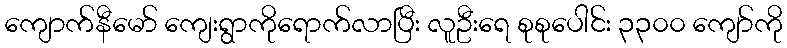
ကျောက်နီမော် ကျေးရွာကိုရောက်လာပြီး လူဦးရေ စုစုပေါင်း ၃၃၀၀ ကျော်ကို